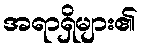
အရာရှိများ၏